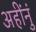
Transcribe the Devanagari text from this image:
अहींनुं